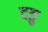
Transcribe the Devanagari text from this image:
दतु